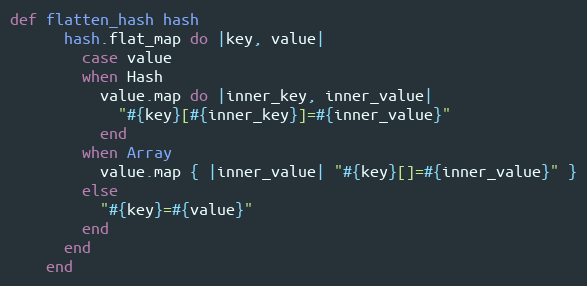
Language: Ruby
def flatten_hash hash
      hash.flat_map do |key, value|
        case value
        when Hash
          value.map do |inner_key, inner_value|
            "#{key}[#{inner_key}]=#{inner_value}"
          end
        when Array
          value.map { |inner_value| "#{key}[]=#{inner_value}" }
        else
          "#{key}=#{value}"
        end
      end
    end